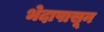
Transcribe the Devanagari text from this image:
भेदापासून